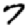
Digit: 7